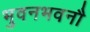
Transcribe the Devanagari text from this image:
भुवनभवनौ